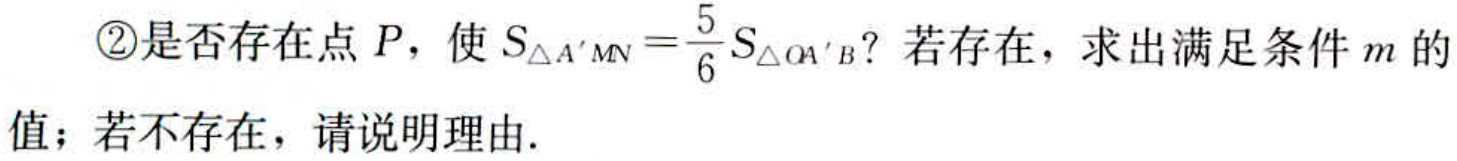
\textcircled{2}是否存在点\(P\)，使\(S_{\triangle A'MN}=\frac{5}{6}S_{\triangle OA'B}\)？若存在，求出满足条件\(m\)的值；若不存在，请说明理由.